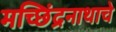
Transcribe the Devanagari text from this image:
मच्छिंद्रनाथाचे